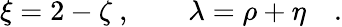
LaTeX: \xi=2-\zeta\ ,\qquad\lambda=\rho+\eta\quad.